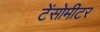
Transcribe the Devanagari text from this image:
टेंसोमीटर